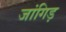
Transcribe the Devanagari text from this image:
जांगिड़